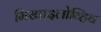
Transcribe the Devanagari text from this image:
मिखाइलोव्हिच